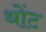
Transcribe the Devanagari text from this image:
थोंट